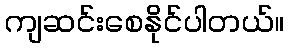
ကျဆင်းစေနိုင်ပါတယ်။